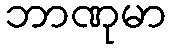
ဘာဏုမာ